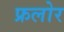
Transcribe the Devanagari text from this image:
फ्रलोर